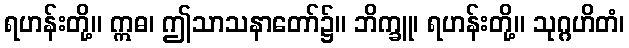
ရဟန်းတို့။ ဣဓ၊ ဤသာသနာတော်၌။ ဘိက္ခူ၊ ရဟန်းတို့။ သုဂ္ဂဟိတံ၊